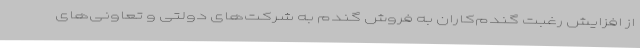
از افزایش رغبت گندم‌کاران به فروش گندم به شرکت‌های دولتی و تعاونی‌های